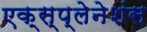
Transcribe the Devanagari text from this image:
एक्स्प्लेनेशंस